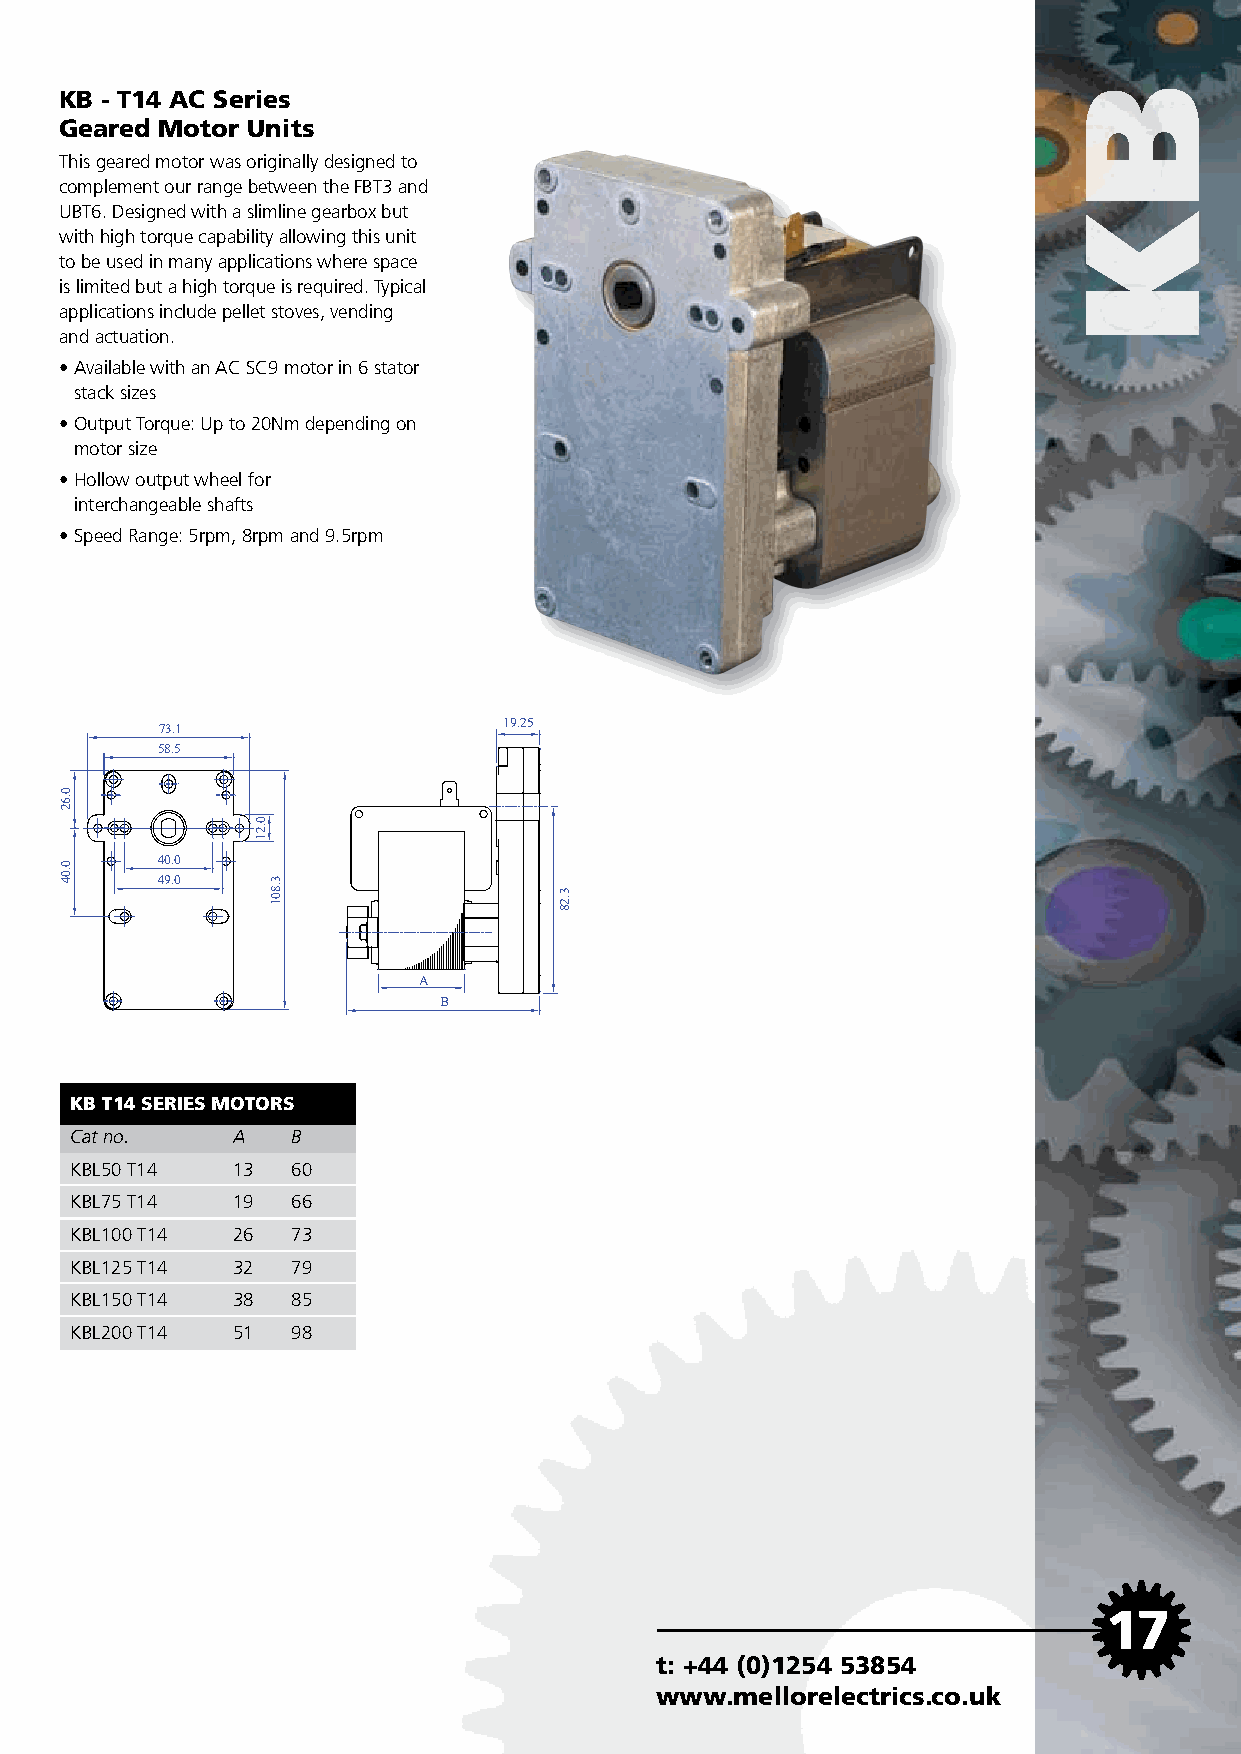
KB - T14 AC Series
 Geared Motor Units
 This geared motor was originally designed to
 complement our range between the FBT3 and
 UBT6. Designed with a slimline gearbox but
 with high torque capability allowing this unit
 to be used in many applications where space
 is limited but a high torque is required. Typical
 applications include pellet stoves, vending
 and actuation.
 • Available with an AC SC9 motor in 6 stator
 stack sizes
 • Output Torque: Up to 20Nm depending on
 motor size
 • Hollow output wheel for
 interchangeable shafts
 • Speed Range: 5rpm, 8rpm and 9.5rpm
 73.1                   19.25
 58.5
 40.0
 49.0
 A
 B
 KB T14 SERIES MOTORS
 Cat no.   A   B
 KBL50 T14 13  60
 KBL75 T14 19  66
 KBL100 T14 26 73
 KBL125 T14 32 79
 KBL150 T14 38 85
 KBL200 T14 51 98
 17
 t: +44 (0)1254 53854
 www.mellorelectrics.co.uk
 0.62
 0.04
 0.21
 3.801
 3.28
 BK